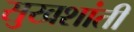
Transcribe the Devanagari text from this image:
सुखशांती